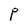
Character: P